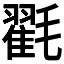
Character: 𭯪